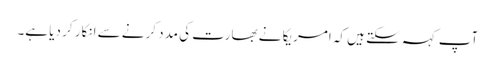
آپ کہہ سکتے ہیں کہ امریکا نے بھارت کی مدد کرنے سے انکار کر دیا ہے۔